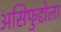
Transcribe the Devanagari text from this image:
असिफुद्दोला